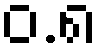
ဝ.၈